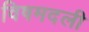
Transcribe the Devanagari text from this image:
विषमदली